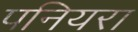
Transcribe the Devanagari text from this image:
पनियरा